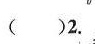
（）2.